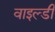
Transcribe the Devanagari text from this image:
वाइल्डी